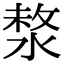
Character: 𣸗